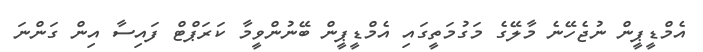
އެމްޑީޕީން ނުޖެހޭނެ މާލޭގެ މަގުމަތީގައި އެމްޑީޕީން ބޭނުންވީމާ ކަރަޕްޓް ފައިސާ އިން ގަންނަ